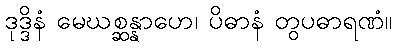
ဒုဒ္ဒိနံ မေဃစ္ဆန္နာဟေ၊ ပိဓာနံ တွပဓာရဏံ။